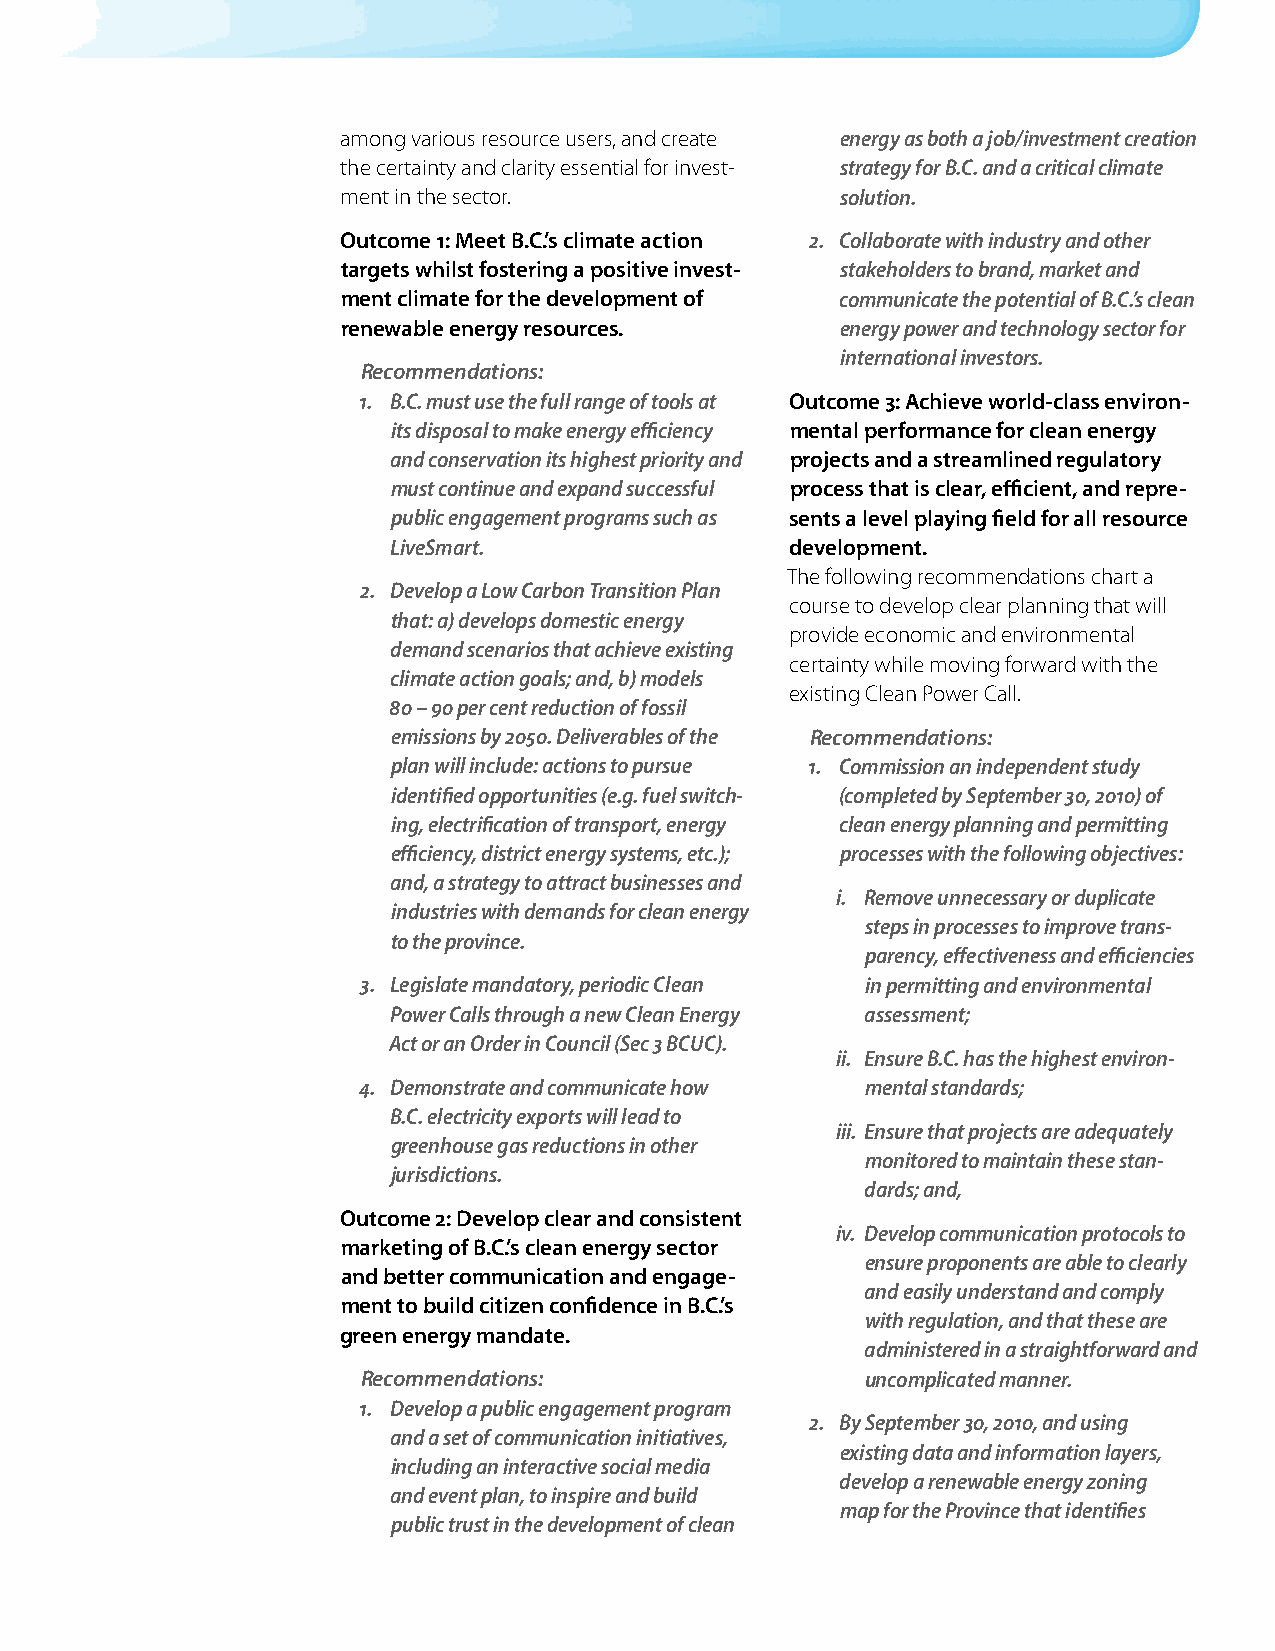
among various resource users, and create energy as both a job/investment creation
 the certainty and clarity essential for invest- strategy for B.C. and a critical climate
 ment in the sector.              solution.
 Outcome 1: Meet B.C.’s climate action 2. Collaborate with industry and other
 targets whilst fostering a positive invest- stakeholders to brand, market and
 ment climate for the development of communicate the potential of B.C.’s clean
 renewable energy resources.      energy power and technology sector for
 international investors.
 Recommendations:
 1. B.C. must use the full range of tools at Outcome 3: Achieve world-class environ-
 its disposal to make energy efficiency mental performance for clean energy
 and conservation its highest priority and projects and a streamlined regulatory
 must continue and expand successful process that is clear, efficient, and repre-
 public engagement programs such as sents a level playing field for all resource
 LiveSmart.                development.
 The following recommendations chart a
 2. Develop a Low Carbon Transition Plan
 course to develop clear planning that will
 that: a) develops domestic energy
 provide economic and environmental
 demand scenarios that achieve existing
 certainty while moving forward with the
 climate action goals; and, b) models
 existing Clean Power Call.
 80 – 90 per cent reduction of fossil
 emissions by 2050. Deliverables of the Recommendations:
 plan will include: actions to pursue 1. Commission an independent study
 identified opportunities (e.g. fuel switch- (completed by September 30, 2010) of
 ing, electrification of transport, energy clean energy planning and permitting
 efficiency, district energy systems, etc.); processes with the following objectives:
 and, a strategy to attract businesses and
 i. Remove unnecessary or duplicate
 industries with demands for clean energy
 steps in processes to improve trans-
 to the province.
 parency, effectiveness and efficiencies
 3. Legislate mandatory, periodic Clean in permitting and environmental
 Power Calls through a new Clean Energy assessment;
 Act or an Order in Council (Sec 3 BCUC).
 ii. Ensure B.C. has the highest environ-
 4. Demonstrate and communicate how mental standards;
 B.C. electricity exports will lead to
 iii. Ensure that projects are adequately
 greenhouse gas reductions in other
 monitored to maintain these stan-
 jurisdictions.
 dards; and,
 Outcome 2: Develop clear and consistent
 iv. Develop communication protocols to
 marketing of B.C.’s clean energy sector
 ensure proponents are able to clearly
 and better communication and engage-
 and easily understand and comply
 ment to build citizen confidence in B.C.’s
 with regulation, and that these are
 green energy mandate.
 administered in a straightforward and
 Recommendations:                 uncomplicated manner.
 1. Develop a public engagement program
 2. By September 30, 2010, and using
 and a set of communication initiatives,
 existing data and information layers,
 including an interactive social media
 develop a renewable energy zoning
 and event plan, to inspire and build
 map for the Province that identifies
 public trust in the development of clean